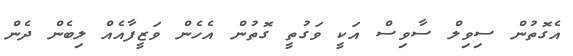
އެގޮތުން ސިވިލް ސާވިސް އަކީ ވަގުތީ ގޮތުން އެހެން ވަޒީފާއެއް ލިބެން ދެން